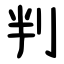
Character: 判